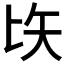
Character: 𠤑